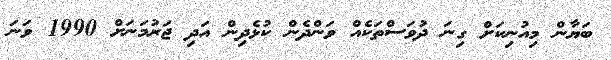
ބަޔާން މިއުނިކަށް ގިނަ ދުވަސްތަކެއް ވަންދެން ކުޅެދިން އަދި ޖަރުމަނަށް 1990 ވަނަ